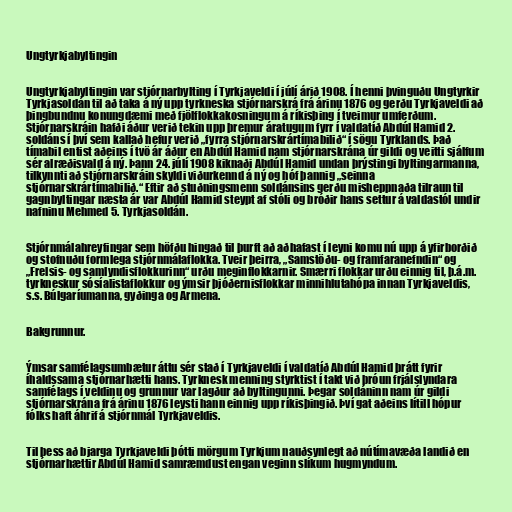
Ungtyrkjabyltingin

Ungtyrkjabyltingin var stjórnarbylting í Tyrkjaveldi í júlí árið 1908. Í henni þvinguðu Ungtyrkir
Tyrkjasoldán til að taka á ný upp tyrkneska stjórnarskrá frá árinu 1876 og gerðu Tyrkjaveldi að
þingbundnu konungdæmi með fjölflokkakosningum á ríkisþing í tveimur umferðum.
Stjórnarskráin hafði áður verið tekin upp þremur áratugum fyrr í valdatíð Abdúl Hamid 2.
soldáns í því sem kallað hefur verið „fyrra stjórnarskrártímabilið“ í sögu Tyrklands. Það
tímabil entist aðeins í tvö ár áður en Abdúl Hamid nam stjórnarskrána úr gildi og veitti sjálfum
sér alræðisvald á ný. Þann 24. júlí 1908 kiknaði Abdúl Hamid undan þrýstingi byltingarmanna,
tilkynnti að stjórnarskráin skyldi viðurkennd á ný og hóf þannig „seinna
stjórnarskrártímabilið.“ Eftir að stuðningsmenn soldánsins gerðu misheppnaða tilraun til
gagnbyltingar næsta ár var Abdúl Hamid steypt af stóli og bróðir hans settur á valdastól undir
nafninu Mehmed 5. Tyrkjasoldán.

Stjórnmálahreyfingar sem höfðu hingað til þurft að aðhafast í leyni komu nú upp á yfirborðið
og stofnuðu formlega stjórnmálaflokka. Tveir þeirra, „Samstöðu- og framfaranefndin“ og
„Frelsis- og samlyndisflokkurinn“ urðu meginflokkarnir. Smærri flokkar urðu einnig til, þ.á.m.
tyrkneskur sósíalistaflokkur og ýmsir þjóðernisflokkar minnihlutahópa innan Tyrkjaveldis,
s.s. Búlgaríumanna, gyðinga og Armena.

Bakgrunnur.

Ýmsar samfélagsumbætur áttu sér stað í Tyrkjaveldi í valdatíð Abdúl Hamid þrátt fyrir
íhaldssama stjórnarhætti hans. Tyrknesk menning styrktist í takt við þróun frjálslyndara
samfélags í veldinu og grunnur var lagður að byltingunni. Þegar soldáninn nam úr gildi
stjórnarskrána frá árinu 1876 leysti hann einnig upp ríkisþingið. Því gat aðeins lítill hópur
fólks haft áhrif á stjórnmál Tyrkjaveldis.

Til þess að bjarga Tyrkjaveldi þótti mörgum Tyrkjum nauðsynlegt að nútímavæða landið en
stjórnarhættir Abdúl Hamid samræmdust engan veginn slíkum hugmyndum.